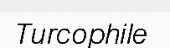
Turcophile